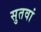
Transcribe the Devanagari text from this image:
सुतवां